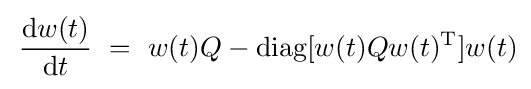
\,{\frac {{\text{d}}w(t)}{{\text{d}}t}}~=~w(t)Q-\mathrm {diag} [w(t)Qw(t)^{\mathrm {T} }]w(t)